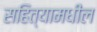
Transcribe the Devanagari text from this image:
सहित्यामधील